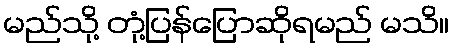
မည်သို့ တုံ့ပြန်ပြောဆိုရမည် မသိ။